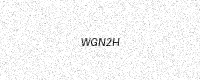
Text: WGN2H